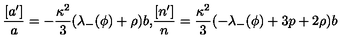
\frac { [ a ^ { \prime } ] } { a } = - \frac { \kappa ^ { 2 } } { 3 } ( \lambda _ { - } ( \phi ) + \rho ) b \mathrm { , } \frac { [ n ^ { \prime } ] } { n } = \frac { \kappa ^ { 2 } } { 3 } ( - \lambda _ { - } ( \phi ) + 3 p + 2 \rho ) b